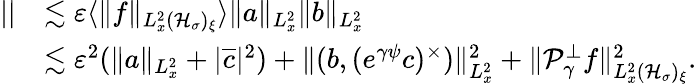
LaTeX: \begin{array}{rl}{||}&{\lesssim\varepsilon\langle\| f\| _{L_{x}^{2}(\mathcal H_{\sigma})_{\xi}}\rangle\| a\| _{L_{x}^{2}}\| b\| _{L_{x}^{2}}}\\ &{\lesssim\varepsilon^{2}(\| a\| _{L_{x}^{2}}+|\overline{c}|^{2})+\| (b,(e^{\gamma\psi}c)^{\times})\| _{L_{x}^{2}}^{2}+\| \mathcal P_{\gamma}^{\perp}f\| _{L_{x}^{2}(\mathcal H_{\sigma})_{\xi}}^{2}.}\end{array}